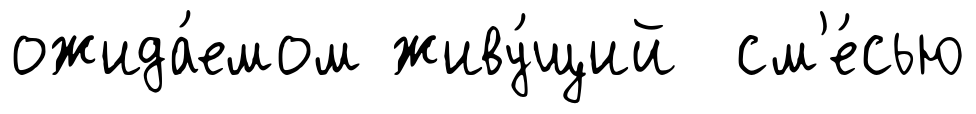
ожида́емом живу́щий см'е́сью